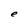
Character: e